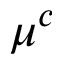
\mu ^ { c }